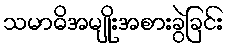
သမာဓိအမျိုးအစားခွဲခြင်း